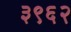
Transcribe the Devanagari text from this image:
३९६२